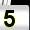
Digit: 5